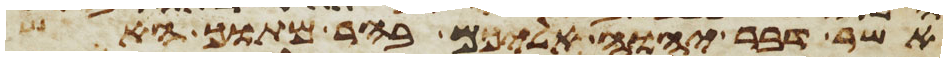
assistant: אשר דבר יהוה אליכם בהר מתוך האש